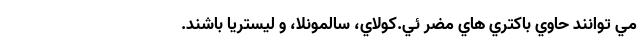
مي توانند حاوي باكتري هاي مضر ئي.كولاي، سالمونلا، و ليستريا باشند.